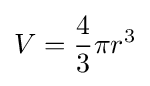
V={4 \over 3}\pi r^{3}